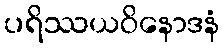
ပရိဿယဝိနောဒနံ